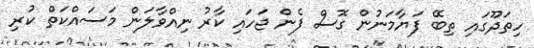
ހިތަދޫގައި ތިބޭ ފަޔާމަނުން ގޮސް ފެން ޖަހައި ކާރު ނިއްވާލަން މަސައްކަތް ކުރި